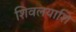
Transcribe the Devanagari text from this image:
शिवलयाशि